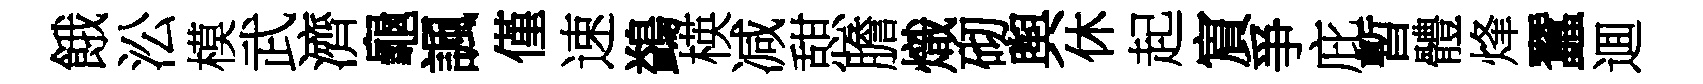
餓㳂模武濟龜諷僅速鷁楧减憇膽熾砌舆休起賔爭庇暫體烽蠶逥